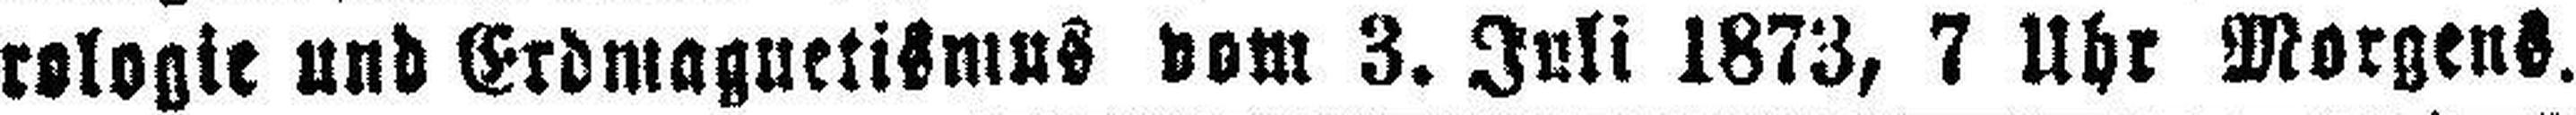
rologie und Erdmaguetismus vom 3. Juli 1873, 7 Uhr Morgens.